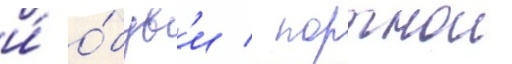
и́ о́був'и / портнои